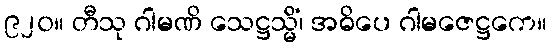
၉၂၀။ တီသု ဂါမဏိ သေဋ္ဌသ္မိံ၊ အဓိပေ ဂါမဇေဋ္ဌကေ။